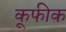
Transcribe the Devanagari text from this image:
कूफीक